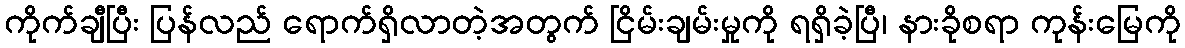
ကိုက်ချီပြီး ပြန်လည် ရောက်ရှိလာတဲ့အတွက် ငြိမ်းချမ်းမှုကို ရရှိခဲ့ပြီ၊ နားခိုစရာ ကုန်းမြေကို